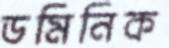
ডমিনিক